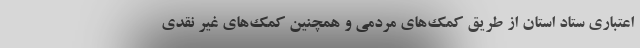
اعتباری ستاد استان از طریق کمک‌های مردمی و همچنین کمک‌های غیر نقدی